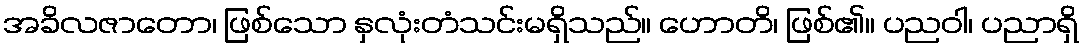
အခိလဇာတော၊ ဖြစ်သော နှလုံးတံသင်းမရှိသည်။ ဟောတိ၊ ဖြစ်၏။ ပညဝါ၊ ပညာရှိ